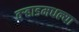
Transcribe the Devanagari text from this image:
वर्‍हाडमधल्या